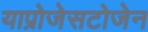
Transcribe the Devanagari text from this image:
याप्रोजेसटोजेन